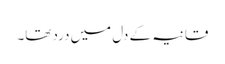
قانیہ کے دل میں درد تھا۔